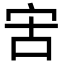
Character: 㝒